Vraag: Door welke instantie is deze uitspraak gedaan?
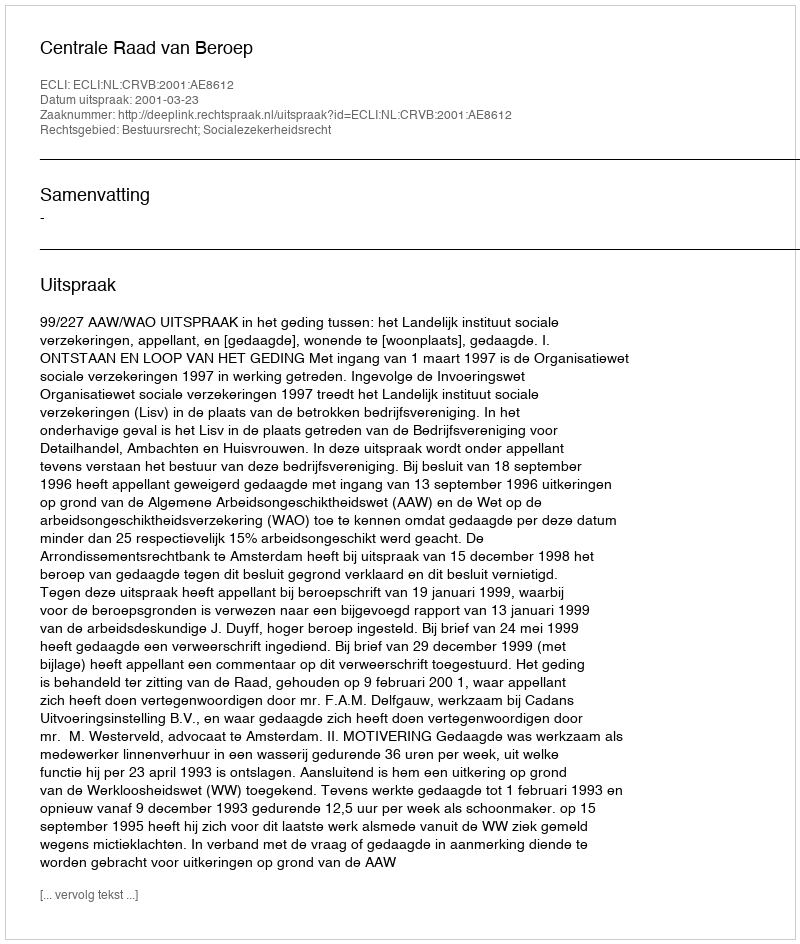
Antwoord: Centrale Raad van Beroep